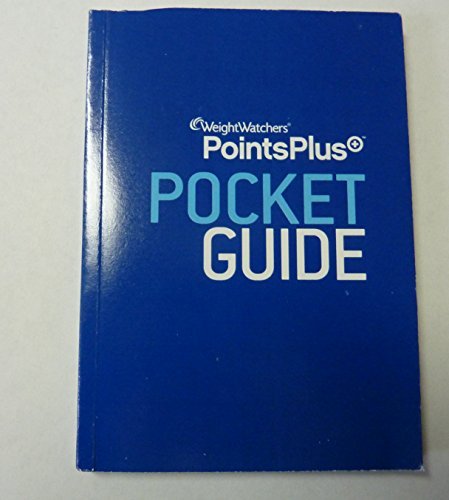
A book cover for Weight Watchers Points Plus Pocket Guide 2011; Health, Fitness & Dieting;